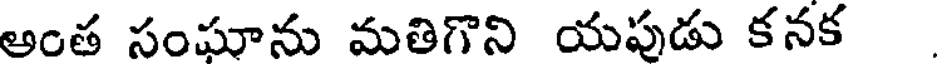
అంత సంఘాను మతిగొని యపుడు కనక